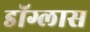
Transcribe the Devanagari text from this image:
डॉग्लास